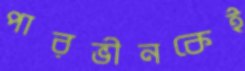
পারভীনকেই